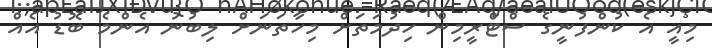
މިއީ އެ ކުންފުނީގެ ސްޓްރީމިން ހިދުމަތަށް މިހާތަނަށް ލިބުނު އެންމެ ބޮޑު އެއް